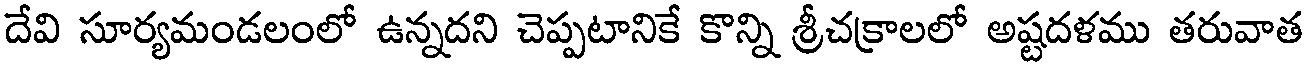
దేవి సూర్యమండలంలో ఉన్నదని చెప్పటానికే కొన్ని శ్రీచక్రాలలో అష్టదళము తరువాత